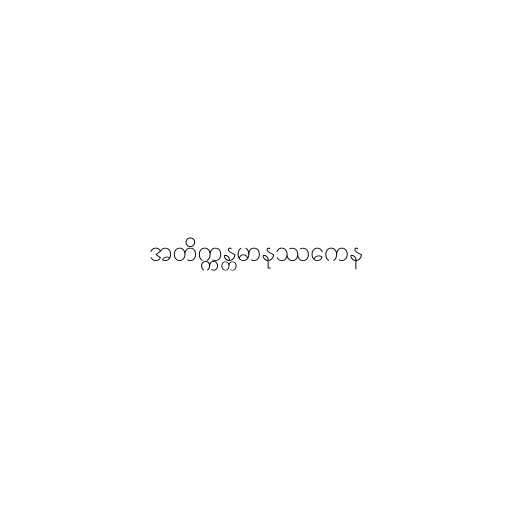
အတိက္ကန္တမာနုဿကေန